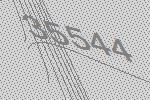
35544